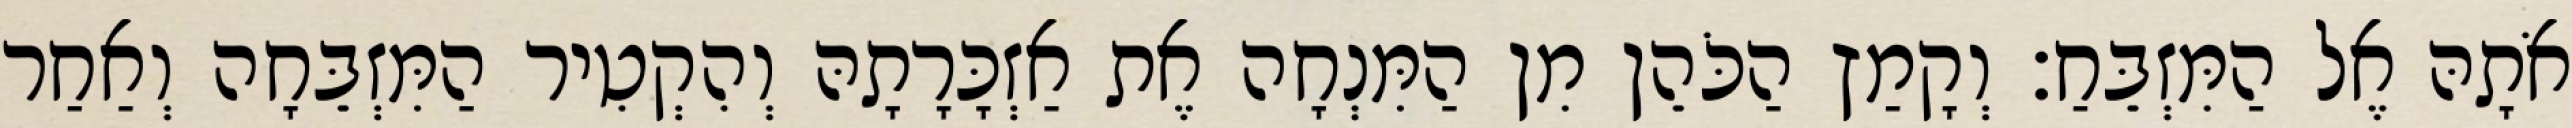
אֹתָהּ אֶל הַמִּזְבֵּחַ׃ וְקָמַץ הַכֹּהֵן מִן הַמִּנְחָה אֶת אַזְכָּרָתָהּ וְהִקְטִיר הַמִּזְבֵּחָה וְאַחַר